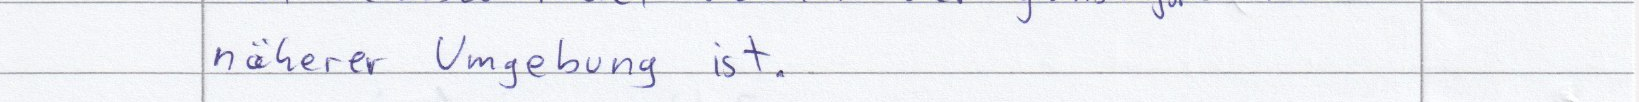
näherer Umgebung ist.